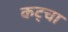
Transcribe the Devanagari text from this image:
कट्चा